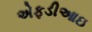
એફડીઆઇ